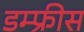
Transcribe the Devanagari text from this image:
डम्फ्रीस